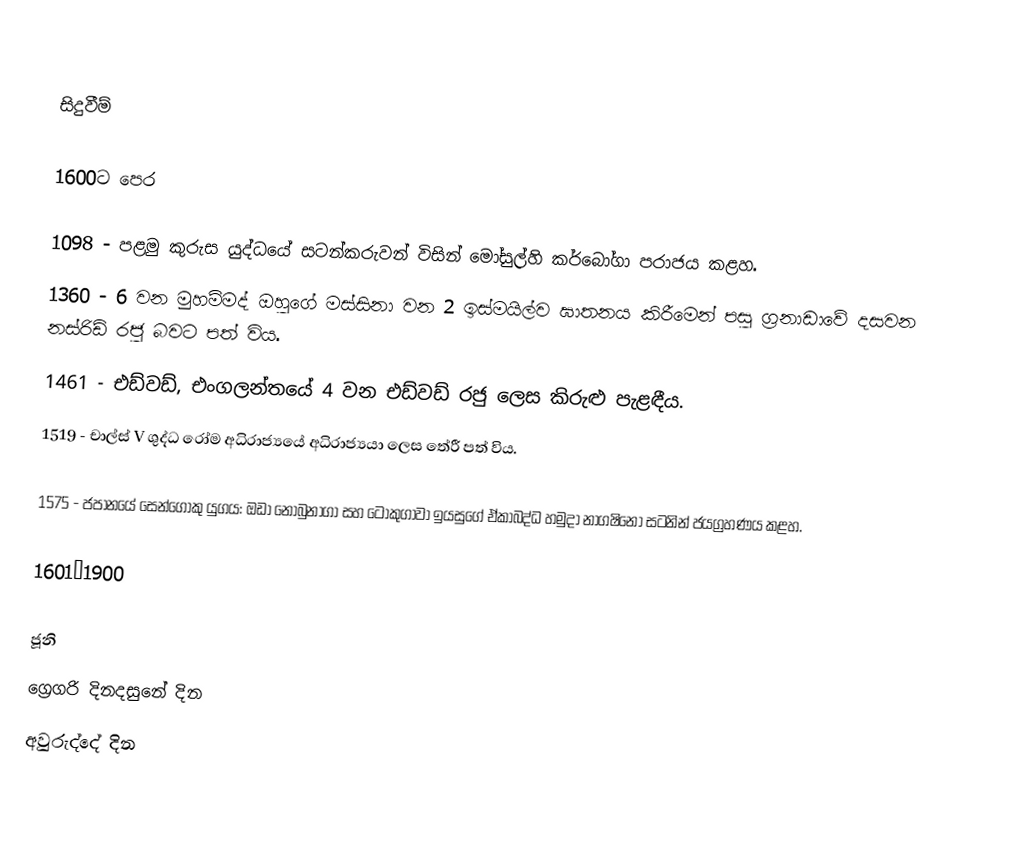

සිදුවීම්

1600ට පෙර

 1098 - පළමු කුරුස යුද්ධයේ සටන්කරුවන් විසින් මෝසුල්හි කර්බෝගා පරාජය කළහ.
 1360 - 6 වන මුහම්මද් ඔහුගේ මස්සිනා වන 2 ඉස්මයිල්ව ඝාතනය කිරීමෙන් පසු ග්‍රනාඩාවේ දසවන නස්රිඩ් රජු බවට පත් විය.
 1461 - එඩ්වඩ්, එංගලන්තයේ 4 වන එඩ්වඩ් රජු ලෙස කිරුළු පැළඳීය.
 1519 - චාල්ස් V ශුද්ධ රෝම අධිරාජ්‍යයේ අධිරාජ්‍යයා ලෙස තේරී පත් විය.

 1575 - ජපානයේ සෙන්ගෝකු යුගය: ඔඩා නොබුනාගා සහ ටොකුගාවා ඉයසුගේ ඒකාබද්ධ හමුදා නාගෂිනෝ සටනින් ජයග්‍රහණය කළහ.

1601–1900

ජූනි
ග්‍රෙගරි දිනදසුනේ දින
අවුරුද්දේ දින